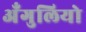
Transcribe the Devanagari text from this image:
अँगुलियो